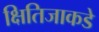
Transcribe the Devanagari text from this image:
क्षितिजाकडे